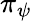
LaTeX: \pi_{\psi}